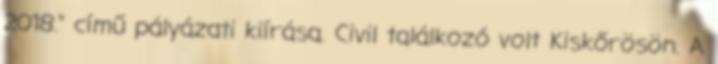
2018." című pályázati kiírása. Civil találkozó volt Kiskőrösön. A